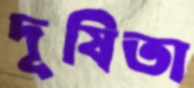
দূষিতা